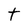
Character: t